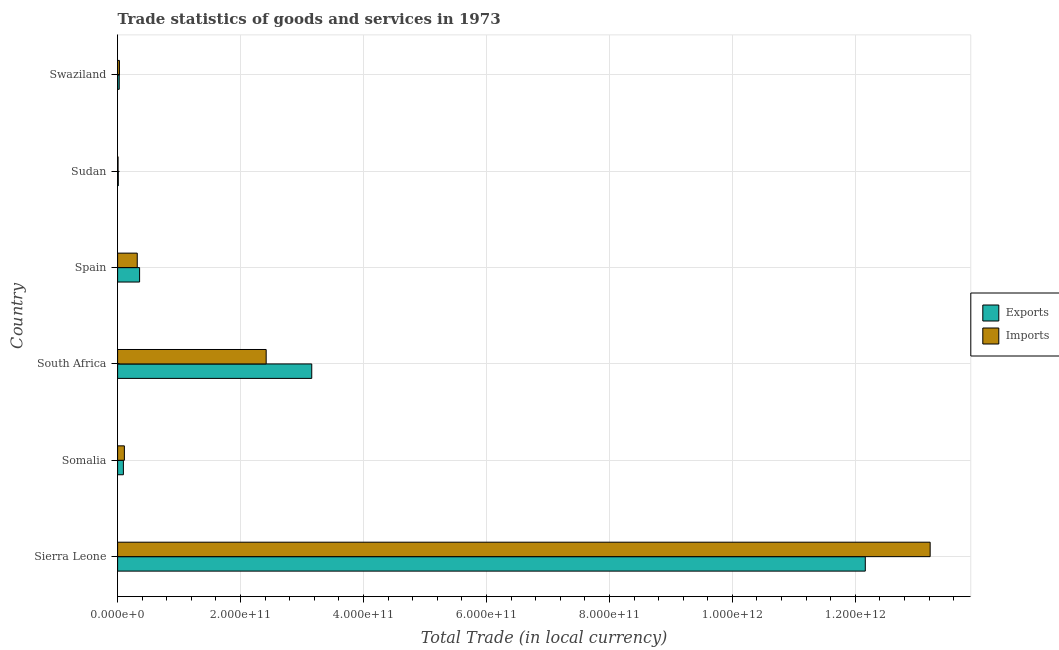
| Country | Exports | Imports |
 | --- | --- | --- |
 | Sierra Leone | 1.22e+12 | 1.32e+12 |
 | Somalia | 9.41e+09 | 1.1e+10 |
 | South Africa | 3.16e+11 | 2.42e+11 |
 | Spain | 3.58e+10 | 3.2e+10 |
 | Sudan | 1.12e+09 | 7.28e+08 |
 | Swaziland | 2.62e+09 | 2.96e+09 |